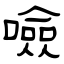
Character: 噞